Annual statistical returns and brief notes on vaccination in Bengal - 1909-1929
Year: 1909
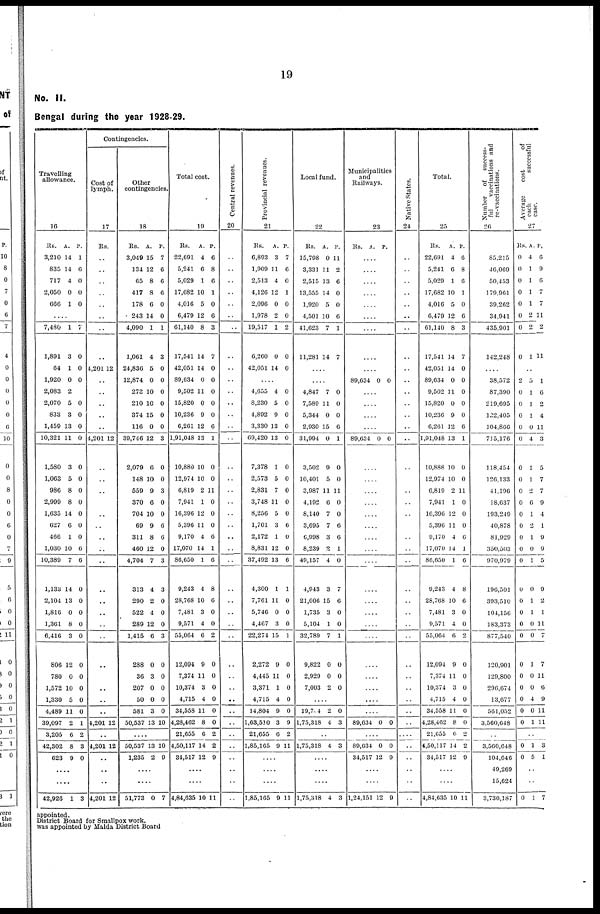
19
No. II.
Bengal during the year 1928-29.
Travelling
allowance.
16
Rs.
3,210
835
717
2,050
666
A.
14
14
4
0
1
P.
1
6
0
0
0
....
7,480
1,891
64
1,920
2,083
2,070
833
1,459
10,321
1,580
1,063
986
2,999
1,635
627
466
1,030
10,389
1,133
2,104
1,816
1,361
6,416
806
780
1,572
1,330
4,489
39,097
3,205
42,302
623
1
3
1
0
2
5
3
13
11
3
5
8
8
14
6
1
10
7
14
13
0
8
3
12
0
10
5
11
2
6
8
9
7
0
0
0
0
0
0
0
0
0
0
0
0
0
0
6
6
0
0
0
0
0
0
0
0
0
0
1
2
3
0
....
....
42,926 1 3
Contingencies.
Cost of
lymph.
17
Rs.
..
..
..
..
..
..
..
..
4,201 12
..
..
..
..
..
4,201 12
..
..
..
..
..
..
..
..
..
..
..
..
..
..
..
..
..
..
..
4,201 12
..
4,201 12
..
..
..
4,201 12
Other
contingencies.
18
Rs.
3,049
134
65
417
178
243
4,090
1,061
24,836
12,874
273
210
374
116
39,746
2,079
148
559
370
704
69
311
460
4,704
313
290
522
289
1,415
288
36
207
50
581
50,537
A.
15
12
8
8
6
14
1
4
5
0
10
10
15
0
12
6
10
9
6
10
9
8
12
7
4
2
4
12
6
0
3
0
0
3
13
P.
7
6
6
6
0
0
1
3
0
0
0
0
0
0
3
0
0
3
0
0
6
6
0
3
3
0
0
0
3
0
0
0
0
0
10
....
50,537
1,235
13
2
10
9
....
....
51,773 0 7
Total cost.
19
Rs.
22,691
5,241
5,029
17,682
4,016
6,479
61,140
17,541
42,051
89,634
9,502
15,820
10,236
6,261
1,91,048
10,880
12,974
6,819
7,941
16,396
5,396
9,170
17,070
86,650
9,243
28,768
7,481
9,571
55,064
12,094
7,374
10,374
4,715
34,558
4,28,462
21,655
4,50,117
34,517
A.
4
6
1
10
5
12
8
14
14
0
11
0
9
12
13
10
10
2
1
12
11
4
14
1
4
10
3
4
6
9
11
3
4
11
8
6
14
12
P.
6
8
6
1
0
6
3
7
0
0
0
0
0
6
1
0
0
11
0
0
0
6
1
6
8
6
0
0
2
0
0
0
0
0
0
2
2
9
....
....
4,84,635 10 11
Central revenues.
20
..
..
..
..
..
..
..
..
..
..
..
..
..
..
..
..
..
..
..
..
..
..
..
..
..
..
..
..
..
..
..
..
..
..
..
..
..
..
..
..
..
Provincial revenues.
21
Rs.
6,893
1,909
2,513
4,126
2,096
1,978
19,517
6,260
42,051
A.
3
11
4
12
0
2
1
0
14
P.
7
6
0
1
0
0
2
0
0
....
4,655
8,230
4,892
3,330
69,420
7,378
2,573
2,831
3,748
8,256
1,701
2,172
8,831
37,492
4,300
7,761
5,746
4,467
22,274
2,272
4,445
3,371
4,715
14,804
1,63,510
21,655
1,85,165
4
5
9
13
13
1
5
7
11
5
3
1
12
13
1
11
0
3
15
9
11
1
4
9
3
6
9
0
0
0
0
0
0
0
0
0
0
6
0
0
6
1
0
0
0
1
0
0
0
0
0
9
2
11
....
....
....
1,85,165 9 11
Local fund.
22
Rs.
15,798
3,331
2,515
13,555
1,920
4,501
41,623
11,281
A.
0
11
13
14
5
10
7
14
P.
11
2
6
0
0
6
1
7
....
....
4,847
7,589
5,344
2,930
31,994
3,502
10,401
3,987
4,192
8,140
3,695
6,998
8,239
49,157
4,943
21,006
1,735
5,104
32,789
9,822
2,929
7,003
7
11
0
15
0
9
5
11
6
7
7
3
2
4
3
15
3
1
7
0
0
2
0
0
0
6
1
0
0
11
0
0
0
6
1
0
7
6
0
0
1
0
0
0
....
19,704
1,75,318
2
4
0
3
....
1,75,318 4 3
....
....
....
1,75,318 4 3
Municipalities
and
Railways.
23
Rs.
A. P.
....
....
....
....
....
....
....
....
....
89,634 0 0
....
....
....
....
89,634 0 0
....
....
....
....
....
....
....
....
....
....
....
....
....
....
....
....
....
....
....
89,634 0 0
....
89,634
34,517
0
12
0
9
....
....
1,24,151 12 9
Native States.
24
..
..
..
..
..
..
..
..
..
..
..
..
..
..
..
..
..
..
..
..
..
..
..
..
..
..
..
..
..
..
..
..
..
..
..
..
..
..
..
..
..
Total.
25
Rs.
22,001
5,241
5,029
17,682
4,016
6,479
61,140
17,541
42,051
89,634
9,502
15,820
10,236
6,261
1,91,048
10,888
12,974
6,819
7,941
16,396
5,396
9,170
17,070
86,650
9,243
28,768
7,481
9,571
55,064
12,094
7,374
10,374
4,715
34,558
4,28,462
21,655
4,50,117
34,517
A.
4
6
1
10
5
12
8
14
14
0
11
0
9
12
13
10
10
2
1
12
11
4
14
1
4
10
3
4
6
9
11
3
4
11
8
6
14
12
P.
6
8
0
1
0
6
3
7
0
0
0
0
0
6
1
0
0
11
0
0
0
6
1
6
8
6
0
0
2
0
0
0
0
0
0
2
2
9
....
....
4,84,635 10 11
Number of s uc c e s s -
ful vaccinations and
re-vaccinations.
26
85,215
46,069
50,453
179,961
39,262
34,941
435,901
142,248
....
38,572
87,390
219,695
122,405
104,866
715,176
118,454
126,133
41,196
18,637
193,249
40,878
81,929
350,503
970,979
196,501
393,510
104,156
183,373
877,540
120,901
129,800
200,674
13,677
561,052
3,560,648
....
3,500,648
104,646
49,269
15,624
3,730,187
Average
cost
of
each
successful
case.
27
Rs
0
0
0
0
0
0
0
0
A.
4
1
1
1
1
2
2
1
P.
6
9
6
7
7
11
2
11
....
2
0
0
0
0
0
0
0
0
0
0
0
0
0
0
0
0
0
0
0
0
0
0
0
0
0
5
1
1
1
0
4
1
1
2
6
1
2
1
0
1
0
1
1
0
0
1
0
0
4
0
1
1
6
2
4
11
3
5
7
7
9
4
1
9
9
5
9
2
1
11
7
7
11
6
9
11
11
....
0
0
1
5
3
1
....
....
0 1 7
appointed.
District Board for Smallpox work.
was appointed by Malda District Board